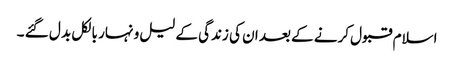
اسلام قبول کرنے کے بعد ان کی زندگی کے لیل و نہار بالکل بد ل گئے ۔